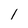
Character: 1